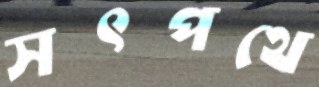
সৎপথে